Civil Veterinary Dept. Assam report 1927-50 - 1927-1950
Year: 1927
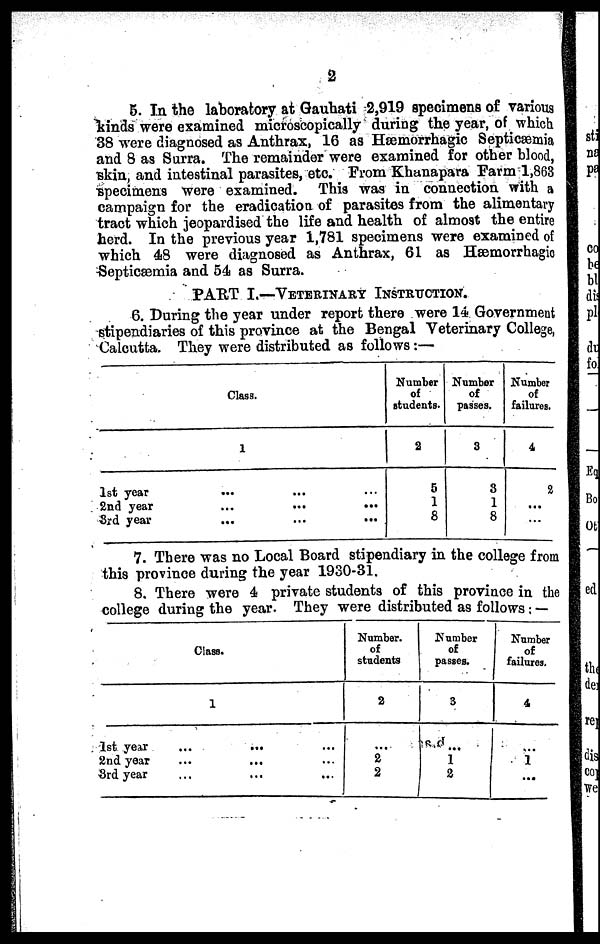
2
5. In the laboratory at Gauhati 2,919 specimens of various
kinds were examined microscopically during the year, of which
38 were diagnosed as Anthrax, 16 as Hæmorrhagic Septicæmia
and 8 as Surra. The remainder were examined for other blood,
skin, and intestinal parasites, etc. From Khanapara Farm 1,863
specimens were examined. This was in connection with a
campaign for the eradication of parasites from the alimentary
tract which jeopardised the life and health of almost the entire
herd. In the previous year 1,781 specimens were examined of
which 48 were diagnosed as Anthrax, 61 as Hæmorrhagic
Septicæmia and 54 as Surra.
PART I.—VETERINARY INSTRUCTION.
6. During the year under report there were 14 Government
stipendiaries of this province at the Bengal Veterinary College,
Calcutta. They were distributed as follows:—
Class.
1
1st year ... ... ...
2nd year
...
...
...
3rd year
... ... ...
Number
of
students.
2
5
1
8
Number
of
passes.
3
3
1
8
Number
of
failures.
4
2
...
...
7. There was no Local Board stipendiary in the college from
this province during the year 1930-31.
8. There were 4 private students of this province in the
college during the year. They were distributed as follows:—
Class.
1
1st year ... ... ...
2nd year ... ... ...
3rd year ... ... ...
Number.
of
students
2
...
2
2
Number
of
passes.
3
...
1
2
Number
of
failures.
4
...
1
...